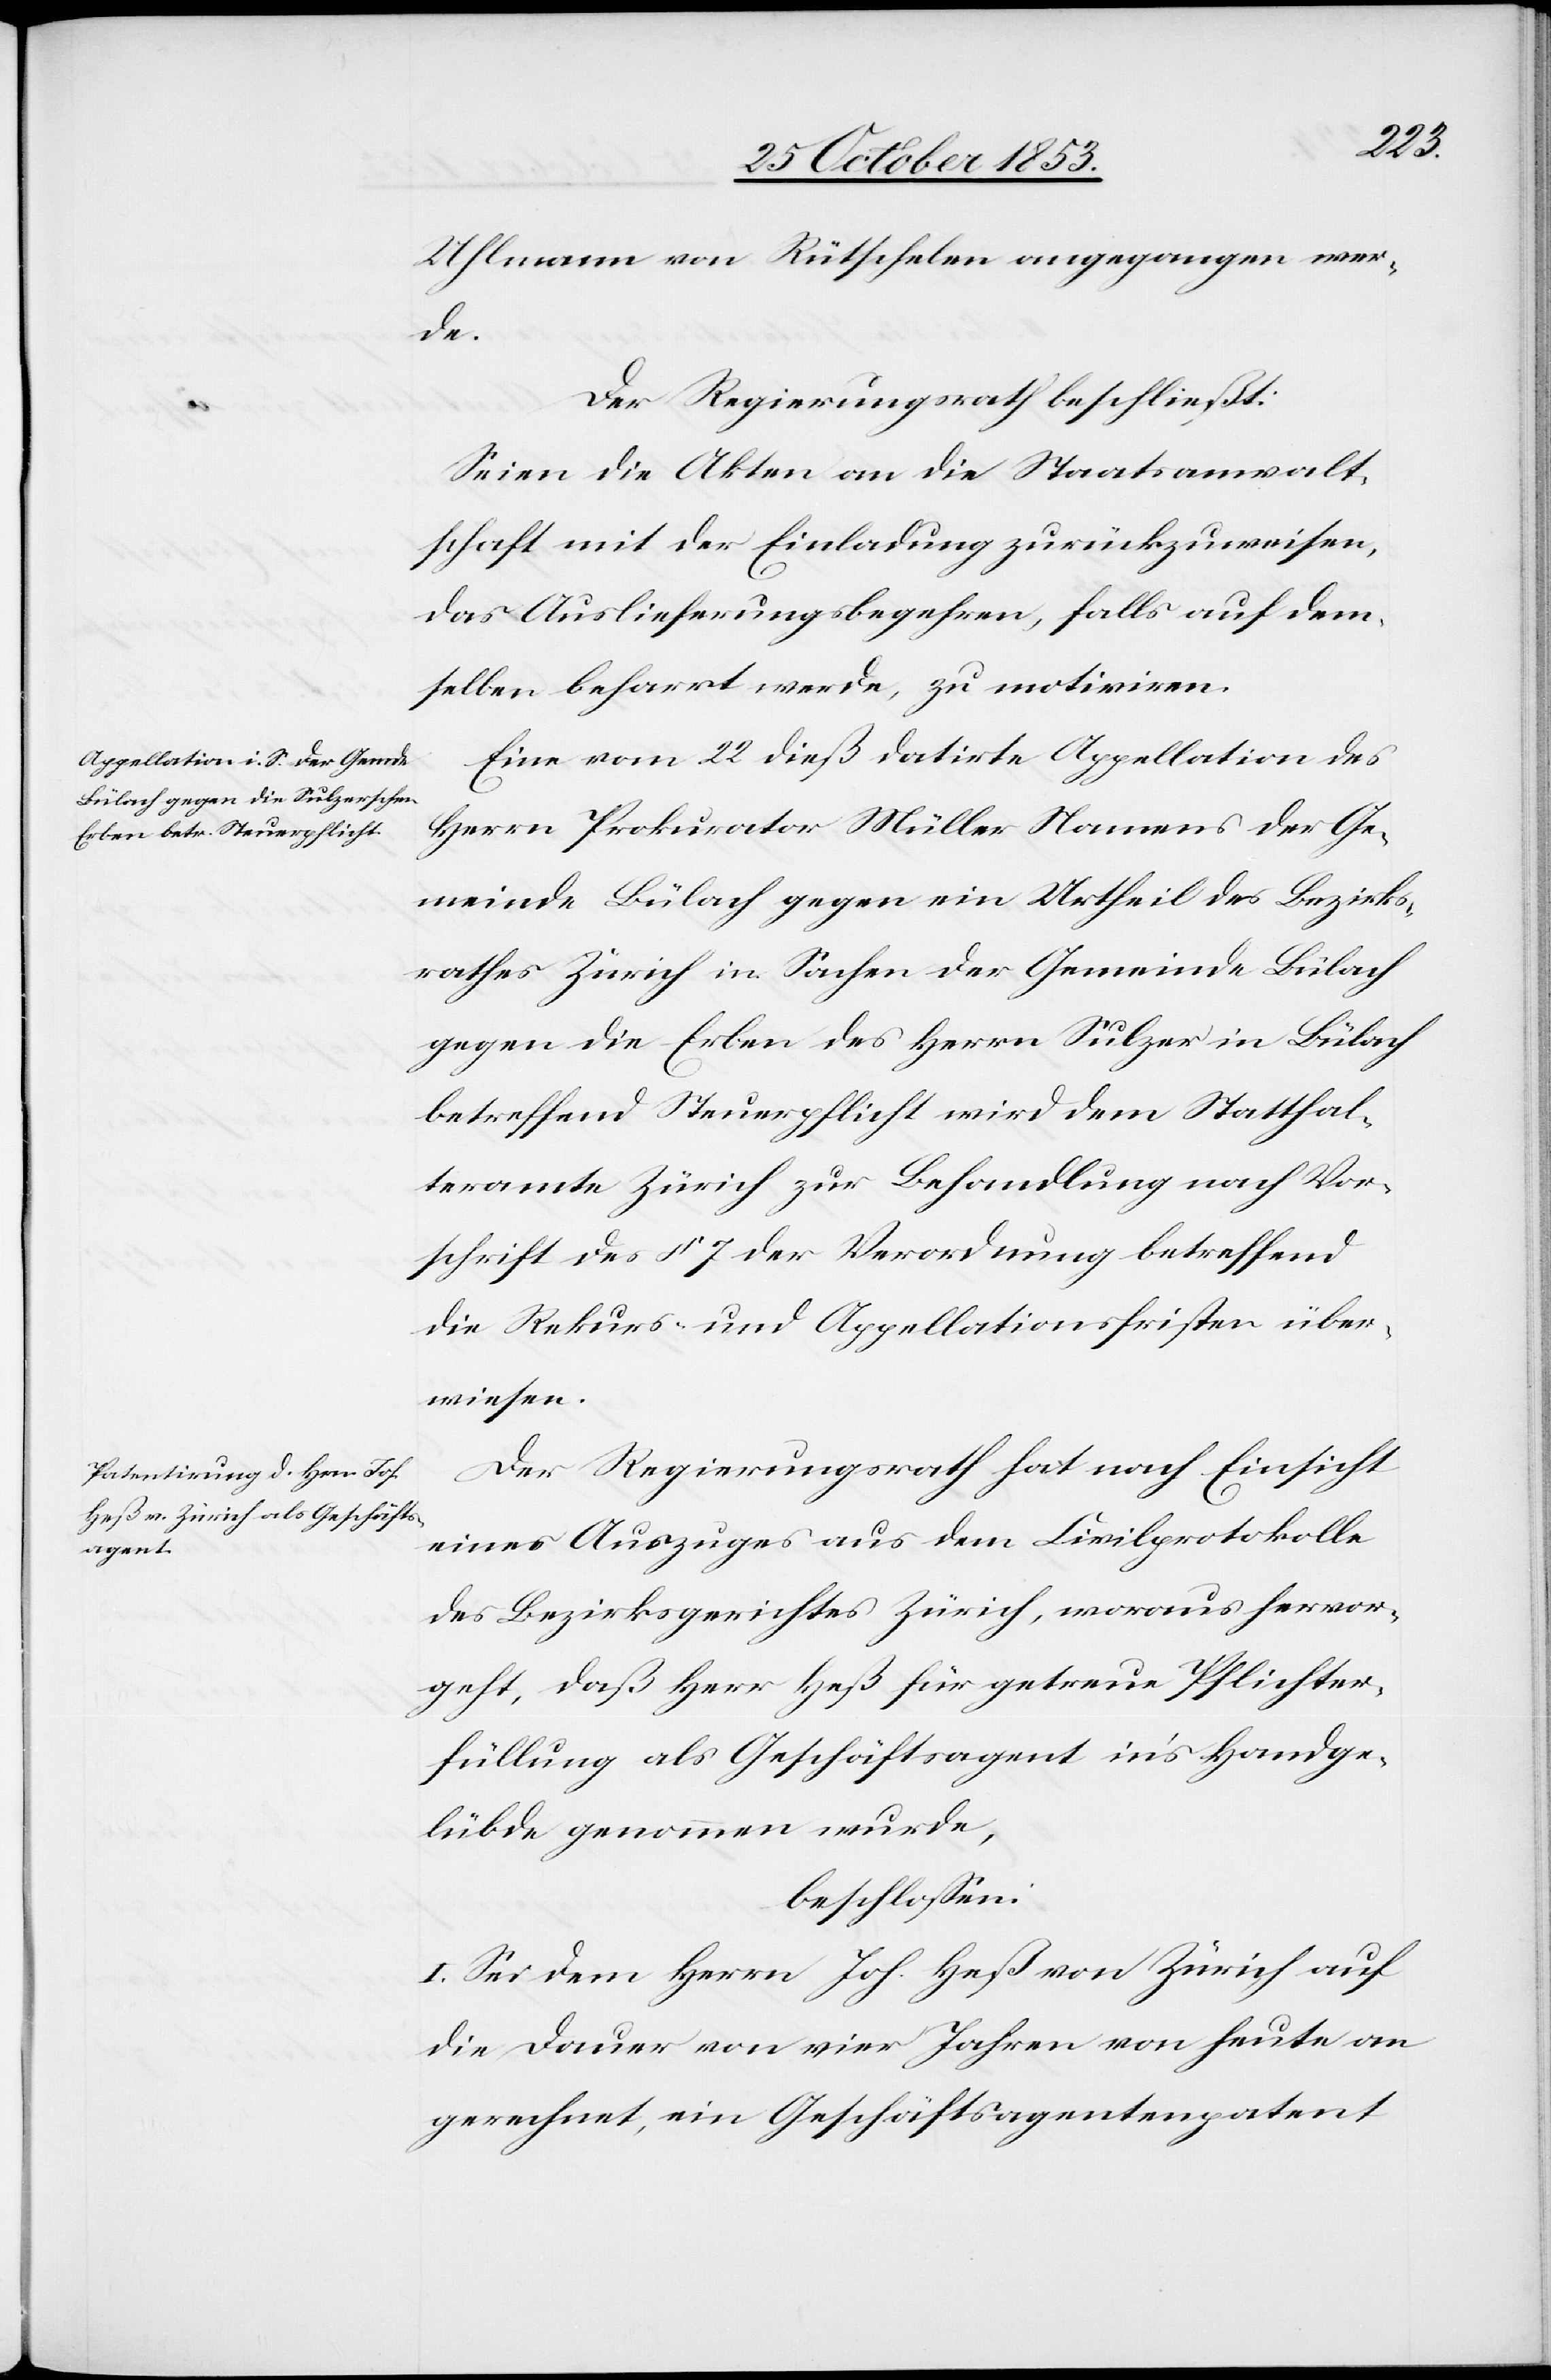
Uhlmann von Rütschelen angegangen wer¬
de.
Der Regierungsrath beschließt:
Seien die Akten an die Staatsanwalt¬
schaft mit der Einladung zurückzuweisen,
das Auslieferungsbegehren, falls auf dem¬
selben beharrt werde, zu motiviren.
Eine vom 22 dieß datirte Appellation des
Herrn Prokurator Müller Namens der Ge¬
meinde Bülach gegen ein Urtheil des Bezirks¬
rathes Zürich in Sachen der Gemeinde Bülach
gegen die Erben des Herrn Sulzer in Bülach
betreffend Steuerpflicht wird dem Statthal¬
teramte Zürich zur Behandlung nach Vor¬
schrift des § 7 der Verordnung betreffend
die Rekurs- und Appellationsfristen über¬
wiesen.
Der Regierungsrath hat nach Einsicht
eines Auszuges aus dem Civilprotokolle
des Bezirksgerichtes Zürich, woraus hervor¬
geht, daß Herr Heß für getreue Pflichter¬
füllung als Geschäftsagent in’s Handge¬
lübde genommen wurde,
beschloßen:
I. Sei dem Herrn Joh. Heß von Zürich auf
die Dauer von vier Jahren von heute an
gerechnet, ein Geschäftsagentpatent